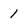
Character: 1